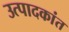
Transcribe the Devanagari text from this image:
उत्पादकांत